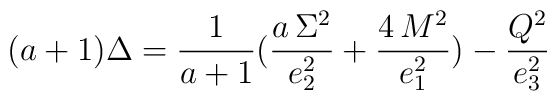
(a+1)\Delta={1\over a+1} ({a\, \Sigma^{2} \over e_{2}^{2}}+{4\, M^{2}\over  e_{1}^{2}}) -{Q^{2}\over e_{3}^{2}}